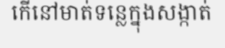
កើនៅមាត់ទន្លេក្នុងសង្កាត់